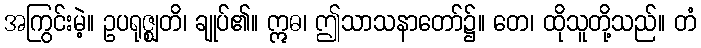
အကြွင်းမဲ့။ ဥပရုဇ္ဈတိ၊ ချုပ်၏။ ဣဓ၊ ဤသာသနာတော်၌။ တေ၊ ထိုသူတို့သည်။ တံ